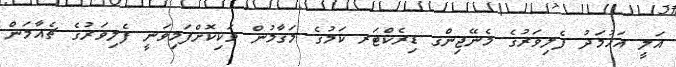
އަލީ އަހުމަދު ފެލިވަރުގެ މެނޭޖިންގ ޑިރެކްޓަރ ކަމުގެ މަގާމުން ވަކިކޮށްފަމިވަނީ ފެލިވަރުގެ ޗެއާމަން